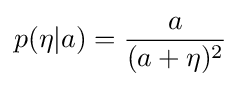
p(\eta |a)={\frac {a}{(a+\eta )^{2}}}